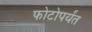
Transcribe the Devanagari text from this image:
फोटोपर्यंत